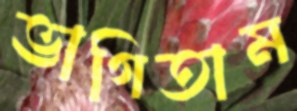
ভাগিতাম